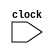
`define PC   R[15]   // {p
`define LR   R[14]   // ss
`define SP   R[13]   // |s
`define SW   R[12]   // As
// AsX
`define N    `SW[31] // tX
`define Z    `SW[30] // sX
`define C    `SW[29] // iX
`define V    `SW[28] // X
`define I    `SW[7]  // w_\i
`define T    `SW[6]  // n_\i
`define M    `SW[0]  // 

module cpu0c(input clock); // CPU0-Mini Gcpu0mc 
  parameter [7:0] LD=8'h00,ST=8'h01,LDB=8'h02,STB=8'h03,LDR=8'h04,STR=8'h05,
    LBR=8'h06,SBR=8'h07,ADDI=8'h08,CMP=8'h10,MOV=8'h12,ADD=8'h13,SUB=8'h14,
    MUL=8'h15,DIV=8'h16,AND=8'h18,OR=8'h19,XOR=8'h1A,ROL=8'h1C,ROR=8'h1D,
    SHL=8'h1E,SHR=8'h1F,JEQ=8'h20,JNE=8'h21,JLT=8'h22,JGT=8'h23,JLE=8'h24,
    JGE=8'h25,JMP=8'h26,SWI=8'h2A,CALL=8'h2B,RET=8'h2C,IRET=8'h2D,
    PUSH=8'h30,POP=8'h31,PUSHB=8'h32,POPB=8'h33;
  reg signed [31:0] R [0:15];   // is R[0..15]  16  32 s
  reg signed [31:0] IR;         // Os IR
  reg [7:0] m [0:128];          // O
  reg [7:0] op;                 // GBNX op
  reg [3:0] ra, rb, rc;         // GsN ra, rb, rc
  reg [4:0] c5;                 // G5 ` c5
  reg signed [11:0] c12;        // G12 ` c12
  reg signed [15:0] c16;        // G16 ` c16
  reg signed [23:0] c24;        // G24 ` c24
  reg signed [31:0] sp, jaddr, laddr, raddr;
  reg signed [31:0] temp;

  initial  // l
  begin
    `PC = 0;                    // N PC ]_} 0
    R[0] = 0;                   // N R[0] sj]w 0
    {m[0],m[1],m[2],m[3]}    = 32'h001F0018; // 0000       LD   R1, K1
    {m[4],m[5],m[6],m[7]}    = 32'h002F0010; // 0004       LD   R2, K0
    {m[8],m[9],m[10],m[11]}  = 32'h003F0014; // 0008       LD   R3, SUM
    {m[12],m[13],m[14],m[15]}= 32'h13221000; // 000C LOOP: ADD  R2, R2, R1
    {m[16],m[17],m[18],m[19]}= 32'h13332000; // 0010       ADD  R3, R3, R2
    {m[20],m[21],m[22],m[23]}= 32'h26FFFFF4; // 0014       JMP  LOOP
    {m[24],m[25],m[26],m[27]}= 32'h00000000; // 0018 K0:   WORD 0
    {m[28],m[29],m[30],m[31]}= 32'h00000001; // 001C K1:   WORD 1
    {m[32],m[33],m[34],m[35]}= 32'h00000000; // 0020 SUM:  WORD 0
  end
  
  always @(posedge clock) begin // b clock to
      IR = {m[`PC], m[`PC+1], m[`PC+2], m[`PC+3]};  // O^qGIR=m[PC], 4  Byte O
      `PC = `PC+4;                                  // ^APC eiU@O}
      {op,ra,rb,rc,c12} = IR;                      // XqGN IR  {op, ra, rb, rc, c12}
      c5  = IR[4:0];
      c24 = IR[23:0];
      c16 = IR[15:0];
      jaddr = `PC+c16;
	  laddr = R[rb]+c16;
	  raddr = R[rb]+R[rc];
//	  $display(" ra=%d, rb=%d, rc=%d, jaddr=%x, laddr=%x, raddr=%x", ra, rb, rc, jaddr, laddr, raddr);
      case (op) //  OP @
        LD: begin   // JOG R[ra] = m[addr]
          R[ra] = {m[laddr], m[laddr+1], m[laddr+2], m[laddr+3]};
          $write("%4dns %8x : LD  %x,%x,%-4x", $stime, `PC, ra, rb, c16);
          end
        ST: begin   // xsOG m[addr] = R[ra]
          {m[laddr], m[laddr+1], m[laddr+2], m[laddr+3]} = R[ra];
          $write("%4dns %8x : ST  %x,%x,%-4x", $stime, `PC, ra, rb, c16);
          end
        LDB:begin   // Jbyte;     LDB Ra, [Rb+ Cx];   Ra<=(byte)[Rb+ Cx]
          R[ra] = { 24'b0, m[laddr] };
          $write("%4dns %8x : LDB %x,%x,%-4x", $stime, `PC, ra, rb, c16);
          end
        STB:begin   // xsbyte;     STB Ra, [Rb+ Cx];   Ra=>(byte)[Rb+ Cx]
          m[laddr] = R[ra][7:0];
          $write("%4dns %8x : STB %x,%x,%-4x", $stime, `PC, ra, rb, c16);
          end
        LDR:begin   // LD  Rc ;  LDR Ra, [Rb+Rc];    Ra<=[Rb+ Rc]
          R[ra] = {m[raddr], m[raddr+1], m[raddr+2], m[raddr+3]};
          $write("%4dns %8x : LDR %x,%x,%-4x", $stime, `PC, ra, rb, c16);
          end
        STR:begin   // ST  Rc ;  STR Ra, [Rb+Rc];    Ra=>[Rb+ Rc]
          {m[raddr], m[raddr+1], m[raddr+2], m[raddr+3]} = R[ra];
          $write("%4dns %8x : STR %x,%x,%-4x", $stime, `PC, ra, rb, c16);
          end
        LBR:begin   // LDB  Rc ; LBR Ra, [Rb+Rc];    Ra<=(byte)[Rb+ Rc]
          R[ra] = { 24'b0, m[raddr] };
          $write("%4dns %8x : LBR %x,%x,%-4x", $stime, `PC, ra, rb, c16);
          end
        SBR:begin   // STB  Rc ; SBR Ra, [Rb+Rc];    Ra=>(byte)[Rb+ Rc]
          m[raddr] = R[ra][7:0];
          $write("%4dns %8x : SBR %x,%x,%-4x", $stime, `PC, ra, rb, c16);
          end
        MOV:begin   // ;        MOV Ra, Rb;         Ra<=Rb
		  R[ra] = R[rb];
          $write("%4dns %8x : MOV %x,%x", $stime, `PC, ra, rb);
          end
        CMP:begin   // ;        CMP Ra, Rb;         SW=(Ra >=< Rb)
		  temp = R[ra]-R[rb];
		  `N=(temp<0);`Z=(temp==0);
          $write("%4dns %8x : CMP %x,%x; SW=%x", $stime, `PC, ra, rb, `SW);
          end
        ADDI:begin  // R[a] = Rb+c16;  // Y[k;   LDI Ra, Rb+Cx; Ra<=Rb + Cx
		  R[ra] = R[rb]+c16;
          $write("%4dns %8x : ADDI %x,%x,%-4x", $stime, `PC, ra, rb, c16);
          end
        ADD: begin  // [kOG R[ra] = R[rb]+R[rc]
          R[ra] = R[rb]+R[rc];
          $write("%4dns %8x : ADD %x,%x,%-4x", $stime, `PC, ra, rb, rc);
          end
        SUB:begin   // k;        SUB Ra, Rb, Rc;     Ra<=Rb-Rc
          R[ra] = R[rb]-R[rc];
          $write("%4dns %8x : SUB %x,%x,%-4x", $stime, `PC, ra, rb, rc);
          end
        MUL:begin   // k;        MUL Ra, Rb, Rc;     Ra<=Rb*Rc
          R[ra] = R[rb]*R[rc];
          $write("%4dns %8x : MUL %x,%x,%-4x", $stime, `PC, ra, rb, rc);
          end
        DIV:begin   // k;        DIV Ra, Rb, Rc;     Ra<=Rb/Rc
          R[ra] = R[rb]/R[rc];
          $write("%4dns %8x : DIV %x,%x,%-4x", $stime, `PC, ra, rb, rc);
          end
        AND:begin   //  AND;    AND Ra, Rb, Rc;     Ra<=Rb and Rc
          R[ra] = R[rb]&R[rc];
          $write("%4dns %8x : AND %x,%x,%-4x", $stime, `PC, ra, rb, rc);
          end
        OR:begin    //  OR;     OR Ra, Rb, Rc;         Ra<=Rb or Rc
          R[ra] = R[rb]|R[rc];
          $write("%4dns %8x : OR  %x,%x,%-4x", $stime, `PC, ra, rb, rc);
          end
        XOR:begin   //  XOR;    XOR Ra, Rb, Rc;     Ra<=Rb xor Rc
          R[ra] = R[rb]^R[rc];
          $write("%4dns %8x : XOR %x,%x,%-4x", $stime, `PC, ra, rb, rc);
          end
        SHL:begin   // V;    SHL Ra, Rb, Cx;     Ra<=Rb << Cx
          R[ra] = R[rb]<<c5;
          $write("%4dns %8x : SHL %x,%x,%-4x", $stime, `PC, ra, rb, c5);
          end
        SHR:begin   // Vk;        SHR Ra, Rb, Cx;     Ra<=Rb >> Cx
          R[ra] = R[rb]+R[rc];
          $write("%4dns %8x : SHR %x,%x,%-4x", $stime, `PC, ra, rb, c5);
          end		  
        JMP:begin   // DOG PC = PC + cx24
          `PC = `PC + c24;
          $write("%4dns %8x : JMP %-8x", $stime, `PC, c24);
          end
        JEQ:begin   // D ();        JEQ Cx;        if SW(=) PC  PC+Cx
		  if (`Z) `PC=`PC+c24;
          $write("%4dns %8x : JEQ %-8x", $stime, `PC, c24);
          end
        JNE:begin   // D ();    JNE Cx;     if SW(!=) PC  PC+Cx
		  if (!`Z) `PC=`PC+c24;
          $write("%4dns %8x : JNE %-8x", $stime, `PC, c24);
          end
        JLT:begin   // D ( < );        JLT Cx;     if SW(<) PC  PC+Cx
          if (`N) `PC=`PC+c24;
          $write("%4dns %8x : JLT %-8x", $stime, `PC, c24);
          end
        JGT:begin   // D ( > );        JGT Cx;     if SW(>) PC  PC+Cx
          if (!`N&&!`Z) `PC=`PC+c24;
          $write("%4dns %8x : JGT %-8x", $stime, `PC, c24);
          end
        JLE:begin   // D ( <= );        JLE Cx;     if SW(<=) PC  PC+Cx  
          if (`N || `Z) `PC=`PC+c24;
          $write("%4dns %8x : JLE %-8x", $stime, `PC, c24);
          end
        JGE:begin   // D ( >= );        JGE Cx;     if SW(>=) PC  PC+Cx
          if (!`N || `Z) `PC=`PC+c24;
          $write("%4dns %8x : JGE %-8x", $stime, `PC, c24);
          end
        SWI:begin   // n_;    SWI Cx;         LR <= PC; PC <= Cx; INT<=1
          `LR=`PC;`PC= c24; `I = 1'b1;
          $write("%4dns %8x : SWI %-8x", $stime, `PC, c24);
          end
        CALL:begin  // {;    CALL Cx;     LR<=PC; PC<=PC+Cx
          `LR=`PC;`PC=`PC + c24;
          $write("%4dns %8x : CALL %-8x", $stime, `PC, c24);
          end
        RET:begin   // ^;            RET;         PC <= LR
          `PC=`LR;
          $write("%4dns %8x : RET, PC=%x", $stime, `PC);
          end
        IRET:begin  // _^;        IRET;         PC <= LR; INT<=0
          `PC=`LR;`I = 1'b0;
          $write("%4dns %8x : RET, PC=%x", $stime, `PC);
          end
        PUSH:begin  // J word;    PUSH Ra;    SP-=4;[SP]<=Ra;
          sp = `SP-4; `SP = sp; {m[sp], m[sp+1], m[sp+2], m[sp+3]} = R[ra];
          $write("%4dns %8x : PUSH %-x", $stime, `PC, R[ra]);
		  end
        POP:begin   // uX word;    POP Ra;     Ra=[SP];SP+=4;
          sp = `SP+4; `SP = sp; R[ra]={m[sp], m[sp+1], m[sp+2], m[sp+3]};
          $write("%4dns %8x : POP %-x", $stime, `PC, R[ra]);
          end
        PUSHB:begin // J byte;    PUSHB Ra;   SP--;[SP]<=Ra;(byte)
          sp = `SP-1; `SP = sp; m[sp] = R[ra];
          $write("%4dns %8x : PUSHB %-x", $stime, `PC, R[ra]);
          end
        POPB:begin  // uX byte;    POPB Ra;  Ra<=[SP];SP++;(byte)
          sp = `SP+1; `SP = sp; R[ra]=m[sp];
          $write("%4dns %8x : POPB %-x", $stime, `PC, R[ra]);
          end
      endcase
      $display(" R[%2d]=%4d", ra, R[ra]); // s
  end
endmodule

module main;                // {}l
reg clock;                  //  clock 

cpu0c cpu(clock);          // i cpu0mc Bz

initial clock = 0;          // @}l clock ]w 0
always #10 clock=~clock;    // Cj 10 `N clock Ag 20 `
initial #640 $finish;       // b 640 `C(]o R[1] nO 1+2+...+10=55 G)
endmodule